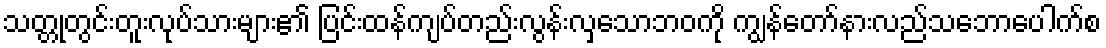
သတ္တုတွင်းတူးလုပ်သားများ၏ ပြင်းထန်ကျပ်တည်းလွန်းလှသောဘဝကို ကျွန်တော်နားလည်သဘောပေါက်စ